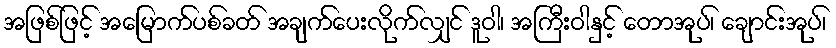
အဖြစ်ဖြင့် အမြောက်ပစ်ခတ် အချက်ပေးလိုက်လျှင် ဒူဝါ၊ အကြီးဝါနှင့် တောအုပ်၊ ချောင်းအုပ်၊